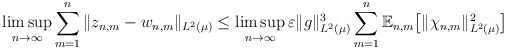
\begin{align*} \limsup_{n \to \infty} \sum_{m=1}^n \| z_{n,m} - w_{n,m}\|_{L^2 (\mu)} \leq \limsup_{n \to \infty} \varepsilon \|g\|_{L^2 (\mu)}^3 \sum_{m=1}^n\mathbb{E}_{n,m}\big[\|\chi_{n,m}\|_{L^2 (\mu)} ^2\big]\end{align*}